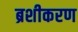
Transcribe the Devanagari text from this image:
ब्रशीकरण